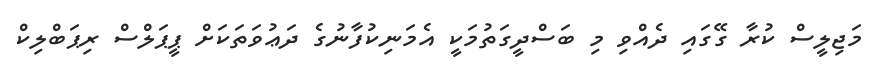
މަޖިލީސް ކުރާ ގޭގައި ދެއްވި މި ބަސްދީގަތުމަކީ އެމަނިކުފާނުގެ ދަޢުވަތަކަށް ޕީޕަލްސް ރިޕަބްލިކް